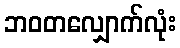
ဘဝတလျှောက်လုံး